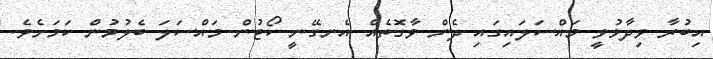
އިބުރާ ވިދާޅުވީ މައްސަލައިގައި ދެން ވާގޮތެއް އެނގޭނީ ކޯޓުން މައްސަލަ ބެލުމުން ކަމަށެވެ.